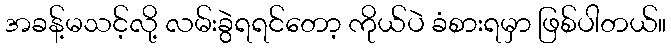
အခန့်မသင့်လို့ လမ်းခွဲရရင်တော့ ကိုယ်ပဲ ခံစားရမှာ ဖြစ်ပါတယ်။